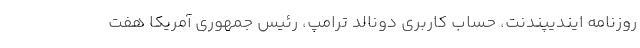
روزنامه ایندیپندنت، حساب کاربری دونالد ترامپ، رئیس جمهوری آمریکا هفت